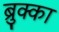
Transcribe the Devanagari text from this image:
ब्रुक्का